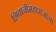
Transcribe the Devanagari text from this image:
शिवाजीमहाराजांना